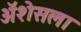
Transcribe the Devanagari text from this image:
ॲशेसला